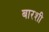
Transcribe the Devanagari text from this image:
बारशी